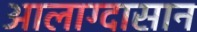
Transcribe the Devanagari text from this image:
आलाग्दासान